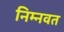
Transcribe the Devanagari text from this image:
निम्‍नवत